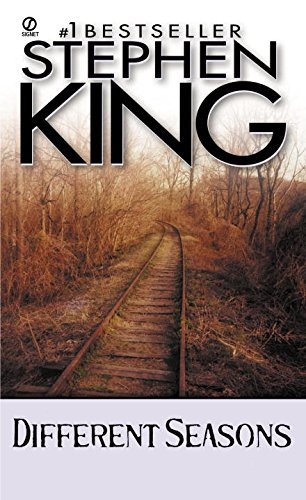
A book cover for Different Seasons (Signet); Stephen King; Literature & Fiction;